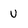
Character: U